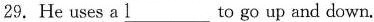
29. He uses a \underline{l } to go up and down.